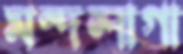
মন্দলাগা